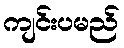
ကျင်းပမည်